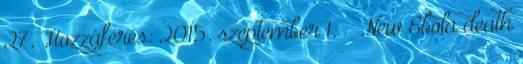
27. Hozzáférés: 2015. szeptember 1. ↑ „New Ebola death